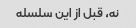
نه، قبل از این سلسله